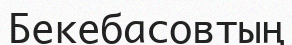
Бекебасовтың